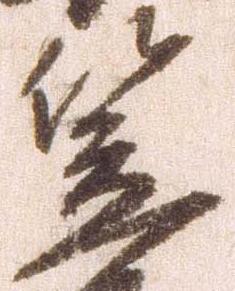
笠